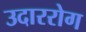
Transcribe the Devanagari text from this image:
उदाररोग